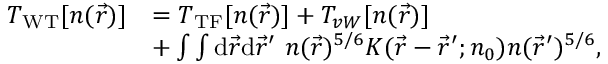
\begin{array} { r l } { T _ { \mathrm { W T } } [ n ( \vec { r } ) ] } & { = T _ { \mathrm { T F } } [ n ( \vec { r } ) ] + T _ { v W } [ n ( \vec { r } ) ] } \\ & { + \int \int { \mathrm { d } } \vec { r } { \mathrm { d } } \vec { r } ^ { \prime } ~ n ( \vec { r } ) ^ { 5 / 6 } K ( \vec { r } - \vec { r } ^ { \prime } ; n _ { 0 } ) n ( \vec { r } ^ { \prime } ) ^ { 5 / 6 } , } \end{array}